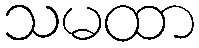
သမထာ